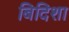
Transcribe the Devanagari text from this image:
बिदिशा